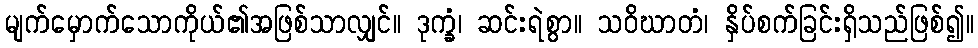
မျက်မှောက်သောကိုယ်၏အဖြစ်သာလျှင်။ ဒုက္ခံ၊ ဆင်းရဲစွာ။ သဝိဃာတံ၊ နှိပ်စက်ခြင်းရှိသည်ဖြစ်၍။